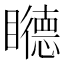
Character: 𥌩